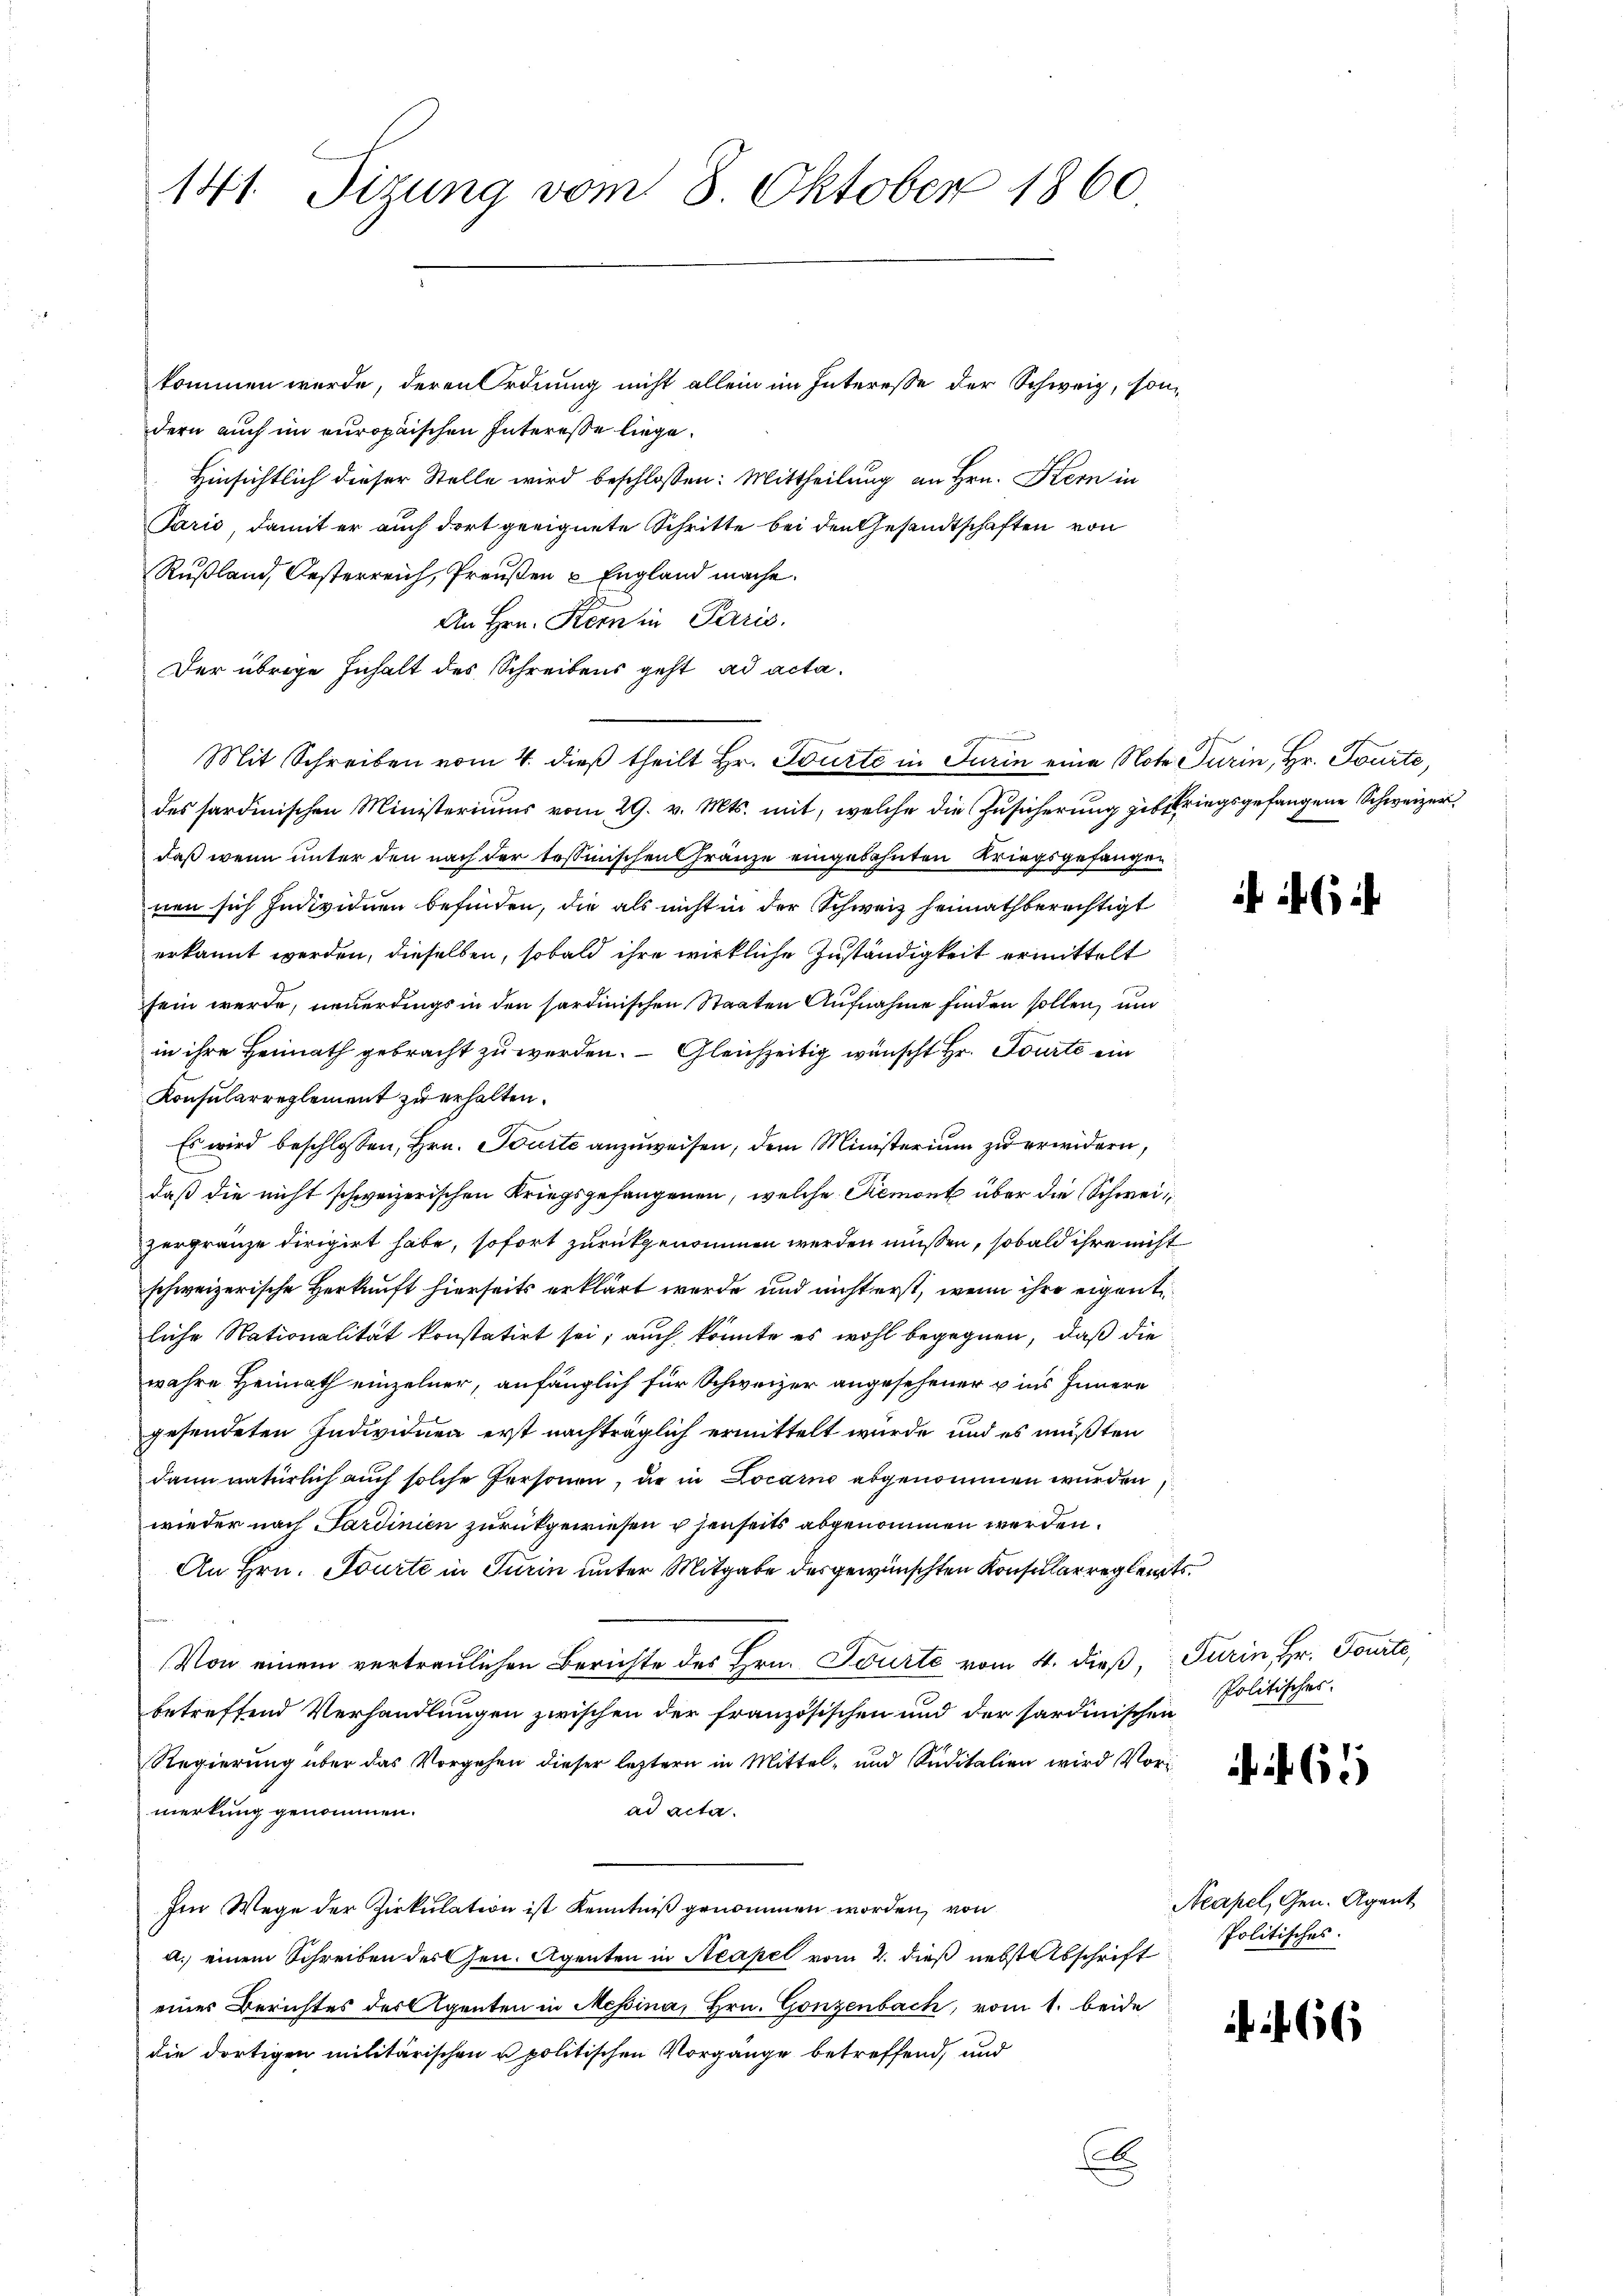
kommen werde, deren Ordnung nicht allein im Interesse der Schweiz, sondern auch im europaischen Interesse liege.
Hinsichtlich dieser Stelle wird beschlossen: Mittheilung an Hrn. Kern in
Paris, damit er auch dort geeignete Schritte bei den Gesandtschaften von
Rußland, Oesterreich, Preußen & England mache.
An Hrn. Kern in Paris.
Der übrige Inhalt des Schreibens geht ad acta.
des sardinischen Ministeriums vom 29. v. Mts. mit, welche die Zusicherung gibskriegsgefangene Schweizer
daß wenn unter den nach der tosmischen Franze eingebahnten Kriegsgefangen
nen sich Individuen befinden, die als nicht in der Schweiz heimath berechtigt
erkannt werden, dieselben, sobald ihre wirkliche Zuständigkeit ermittelt
sein werde, neuerdings in den sardinischen Staaten Aufnahme finden sollen, und
in ihre Heimath gebracht zu werden. Gleichzeitig wünscht Hr. Tourte ein
Konsularreglement zu erhalten.
Es wird beschlossen, Hrn. Tourte anzuweisen, dem Ministerium zu erwidern,
daß die nicht schweizerischen Kriegsgefangenen, welche Piemont über die Schweizergränze dirigirt habe, sofort zurückgenommen werden müssen, sobald ihre nicht
schweizerische Herkunft hierseits erklärt wurde und nicht erst, wenn ihre eigentliche Nationalität konstatirt sei; auch könnte es wohl begegnen, daß die
wahre Heimath einzelner, anfänglich für Schweizer angesehener u ins Innern
gesendeten Individuen erst nachträglich ermittelt wurde und es müßten
dann natürlich auch solche Personen, die in Locarno abgenommen wurden
wieder nach Sardinien zurückgewiesen u senseits abgenommen werden.
An Hrn. Tourte in Turin unter Mitgabe des gewünschten Konsularregleits¬
Von einem vertraulichen Berichte des Hrn. Tourte vom 4. dieß, Turin, Hr. Tourte,
betreffend Verhandlungen zwischen der französischen und der sardinischen
Regierung über das Vorgehen dieser leztern in Mittel- und Süditalien wird Vorad acta
merkung genommen.
Im Wege der Zirkulation ist Kenntniß genommen worden, von
a.) einem Schreiben des Gen. Agenten in Neapel vom 2. dieß nebst Abschrift politisches.
eines Berichtes des Agenten in Messina, Hrn. Gonzenbach, vom 1. beide
die dortigen militärischen u. politischen Vorgänge betreffend, und
E

141. Visung vom 8. Oktober 1860.

Mit Schreiben vom 4. dieß theilt Hr. Tourte in Turin eine Note Turin, Hr. Tourte,

Politisches.

61

66

Acapel, Gen. Agent